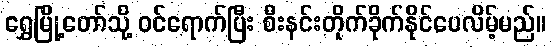
ရွှေမြို့တော်သို့ ဝင်ရောက်ပြီး စီးနင်းတိုက်ခိုက်နိုင်ပေလိမ့်မည်။